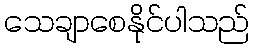
သေချာစေနိုင်ပါသည်